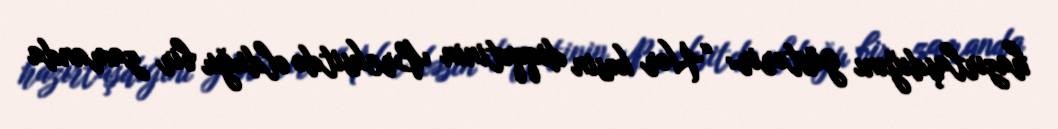
hazırlaşdığını göstərir: “Hər kəsin diqqətinin Breksitdə olduğu bir zamanda